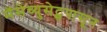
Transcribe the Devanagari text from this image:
मॅसेच्युसेट्सपासून